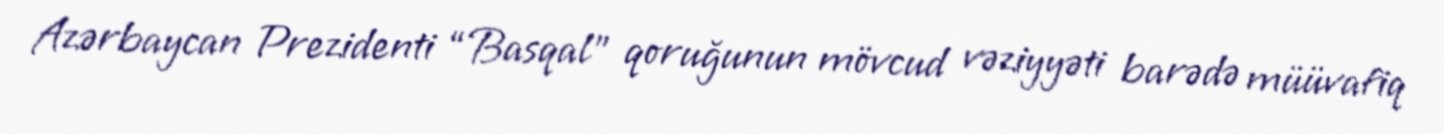
Azərbaycan Prezidenti “Basqal” qoruğunun mövcud vəziyyəti barədə müüvafiq